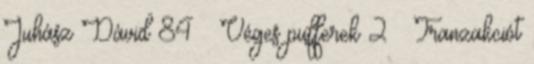
Juhász Dávid 84 Véges pufferek 2 ● Tranzakciót